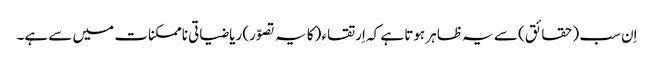
اِن سب (حقائق) سے یہ ظاہر ہوتا ہے کہ اِرتقاء (کا یہ تصوّر) ریاضیاتی ناممکنات میں سے ہے۔